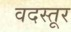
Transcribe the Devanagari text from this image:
वदस्तूर